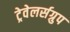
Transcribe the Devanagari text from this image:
ट्रेवेलर्सग्रुप